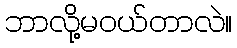
ဘာလို့မဝယ်တာလဲ။